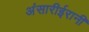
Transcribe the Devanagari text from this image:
अंसारीईरानी